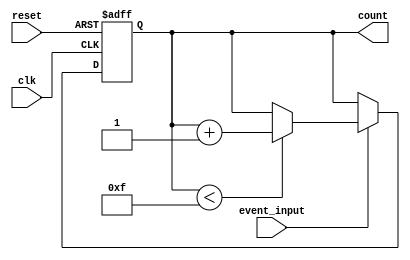
module event_counter (
    input wire clk,               // Clock signal
    input wire reset,             // Active-high reset signal
    input wire event_input,       // Event signal to trigger counting
    output reg [3:0] count        // 4-bit counter output
);

    // Synchronous process for counting
    always @(posedge clk or posedge reset) begin
        if (reset) begin
            count <= 4'b0000;      // Reset the counter to zero
        end else if (event_input) begin
            if (count < 4'b1111) begin // Check for maximum count (15)
                count <= count + 1; // Increment the counter
            end
        end
    end

endmodule